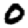
Digit: 0